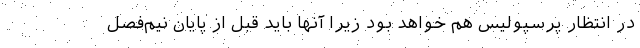
در انتظار پرسپولیس هم خواهد بود زیرا آنها باید قبل از پایان نیم‌فصل